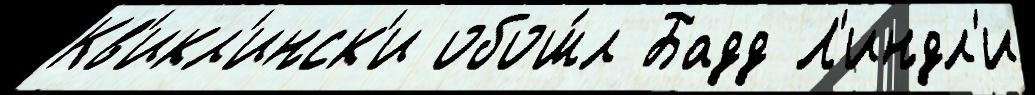
Кв'икл'инск'и обош́л Бадд Л'индл'и